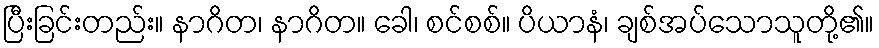
ပြီးခြင်းတည်း။ နာဂိတ၊ နာဂိတ။ ခေါ၊ စင်စစ်။ ပိယာနံ၊ ချစ်အပ်သောသူတို့၏။